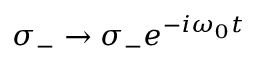
\sigma _ { - } \rightarrow \sigma _ { - } e ^ { - i \omega _ { 0 } t }